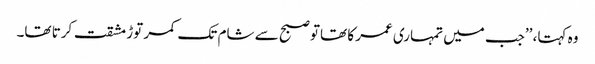
وہ کہتا، ’’جب میں تمہاری عمر کا تھاتو صبح سے شام تک کمر توڑ مشقت کرتا تھا۔